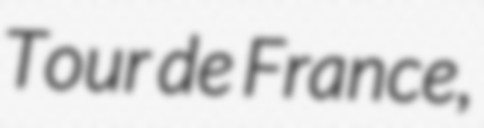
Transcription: Tour de France,